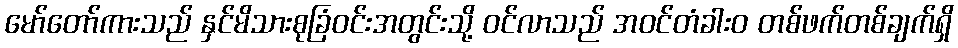
မော်တော်ကားသည် နှင်မိသားစုခြံဝင်းအတွင်းသို့ ဝင်လာသည် အဝင်တံခါးဝ တစ်ဖက်တစ်ချက်ရှိ